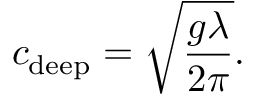
c _ { \mathrm { d e e p } } = { \sqrt { \frac { g \lambda } { 2 \pi } } } .